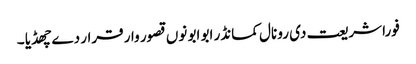
فورا شریعت دی رو نال کمانڈر ابو ابو نوں قصور وار قرار دے چھڈیا ۔